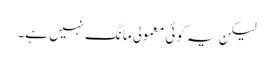
لیکن یہ کوئی معمولی مانگ نہیں ہے۔